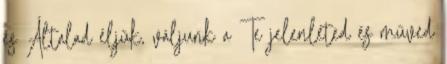
és Általad éljük, váljunk a Te jelenléted és műved